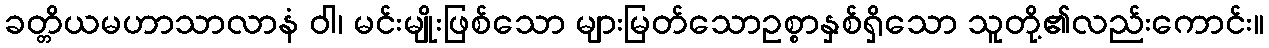
ခတ္တိယမဟာသာလာနံ ဝါ၊ မင်းမျိုးဖြစ်သော များမြတ်သောဥစ္စာနှစ်ရှိသော သူတို့၏လည်းကောင်း။